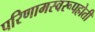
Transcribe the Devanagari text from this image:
परिणामस्वरूपहोती